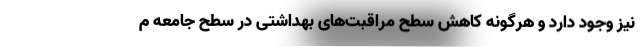
نیز وجود دارد و هرگونه کاهش سطح مراقبت‌های بهداشتی در سطح جامعه م